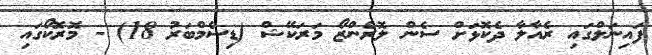
ފައިނަލްގައި ރެއާލާ ދެކޮޅަށް ސެން ލޮރެންޒޯ މަރަކޭޝް (ޑިސެމްބަރު 18) - މޮރޮކޯގައި